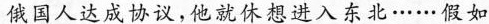
俄国人达成协议，他就休想进入东北……假如